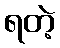
ရတဲ့